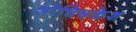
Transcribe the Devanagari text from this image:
शोचिषकेश